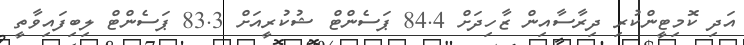
އަދި ކޮމިޓީންކުރި ދިރާސާއިން ޒާހިދަށް 84.4 ޕަސެންޓް ޝުކުރީއަށް 83.3 ޕަސެންޓް ލިބިފައިވާތީ